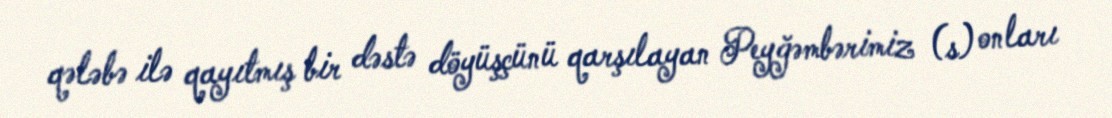
qələbə ilə qayıtmış bir dəstə döyüşçünü qarşılayan Peyğəmbərimiz (s) onları